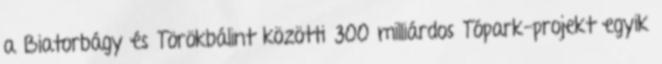
a Biatorbágy és Törökbálint közötti 300 milliárdos Tópark-projekt egyik